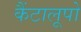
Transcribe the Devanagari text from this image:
कैंटालूपो